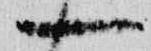
一